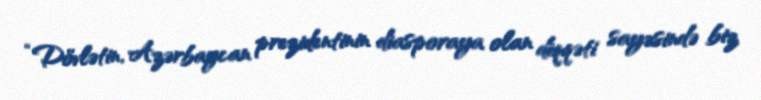
“Dövlətin, Azərbaycan prezidentinin diasporaya olan diqqəti sayəsində biz